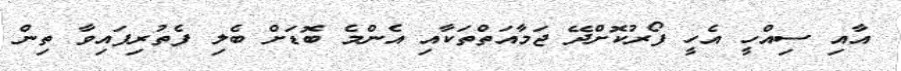
އާއި ސިއްހީ އެހީ ފޯރުކޮށްދޭ ޖަމާއަތްތަކާއި އެންމެ ބޮޑަށް ބެލި ފެތުރިފައިވާ ތިން